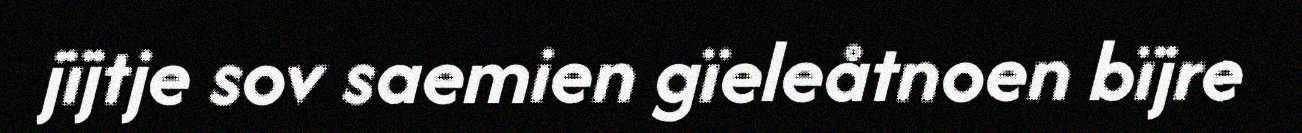
jïjtje sov saemien gïeleåtnoen bïjre